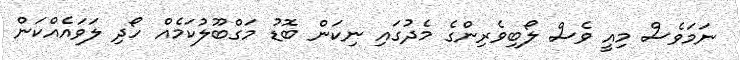
ނަމަވެސް މިއީ ވެސް ލޯބިވެރިންގެ މެދުގައި ނިކަން ބޮޑު މަގްބޫލުކަމެއް ހޯދި ލަވައެއްކަން